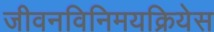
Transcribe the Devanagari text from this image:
जीवनविनिमयक्रियेस